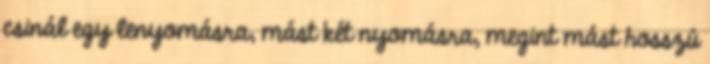
csinál egy lenyomásra, mást két nyomásra, megint mást hosszú